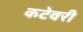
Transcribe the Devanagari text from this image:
कटेवरी